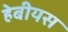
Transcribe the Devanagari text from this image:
हेबीयस